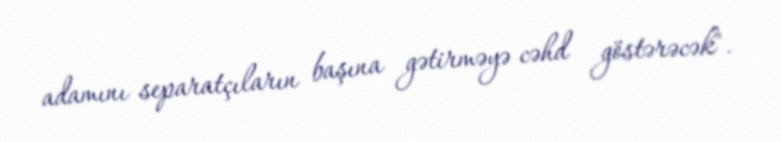
adamını separatçıların başına gətirməyə cəhd göstərəcək".